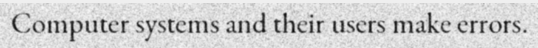
Computer systems and their users make errors.